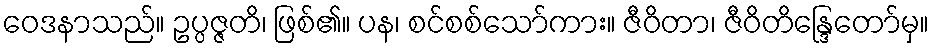
ဝေဒနာသည်။ ဥပ္ပဇ္ဇတိ၊ ဖြစ်၏။ ပန၊ စင်စစ်သော်ကား။ ဇီဝိတာ၊ ဇီဝိတိန္ဒြေတော်မှ။